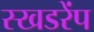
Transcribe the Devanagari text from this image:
स्खडरेंप